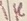
Text: 1K